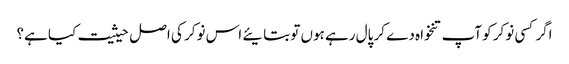
اگر کسی نوکر کو آپ تنخواہ دے کر پال رہے ہوں تو بتایئے اس نوکر کی اصل حیثیت کیا ہے؟